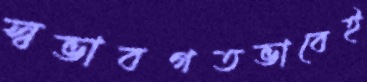
স্বভাবগতভাবেই